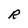
Character: R